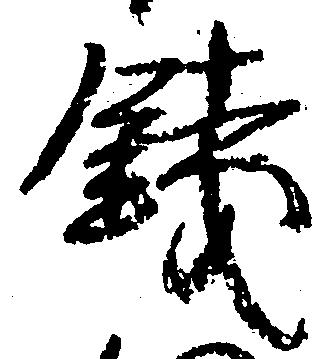
銭